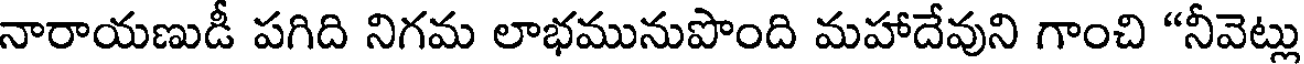
నారాయణుడీ పగిది నిగమ లాభమునుపొంది మహాదేవుని గాంచి "నీవెట్లు